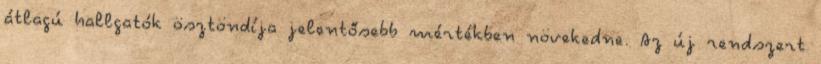
átlagú hallgatók ösztöndíja jelentősebb mértékben növekedne. Az új rendszert